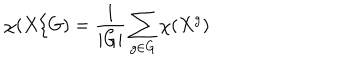
LaTeX: \chi ( X / G ) = \frac { 1 } { | G | } \sum _ { g \in G } \chi ( X ^ { g } )